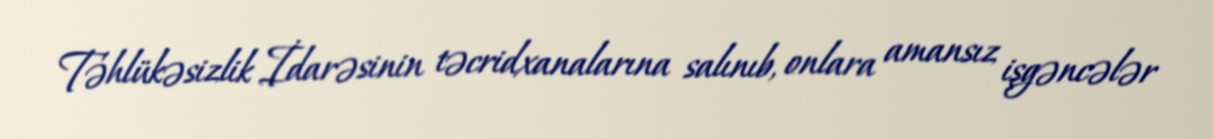
Təhlükəsizlik İdarəsinin təcridxanalarına salınıb, onlara amansız işgəncələr